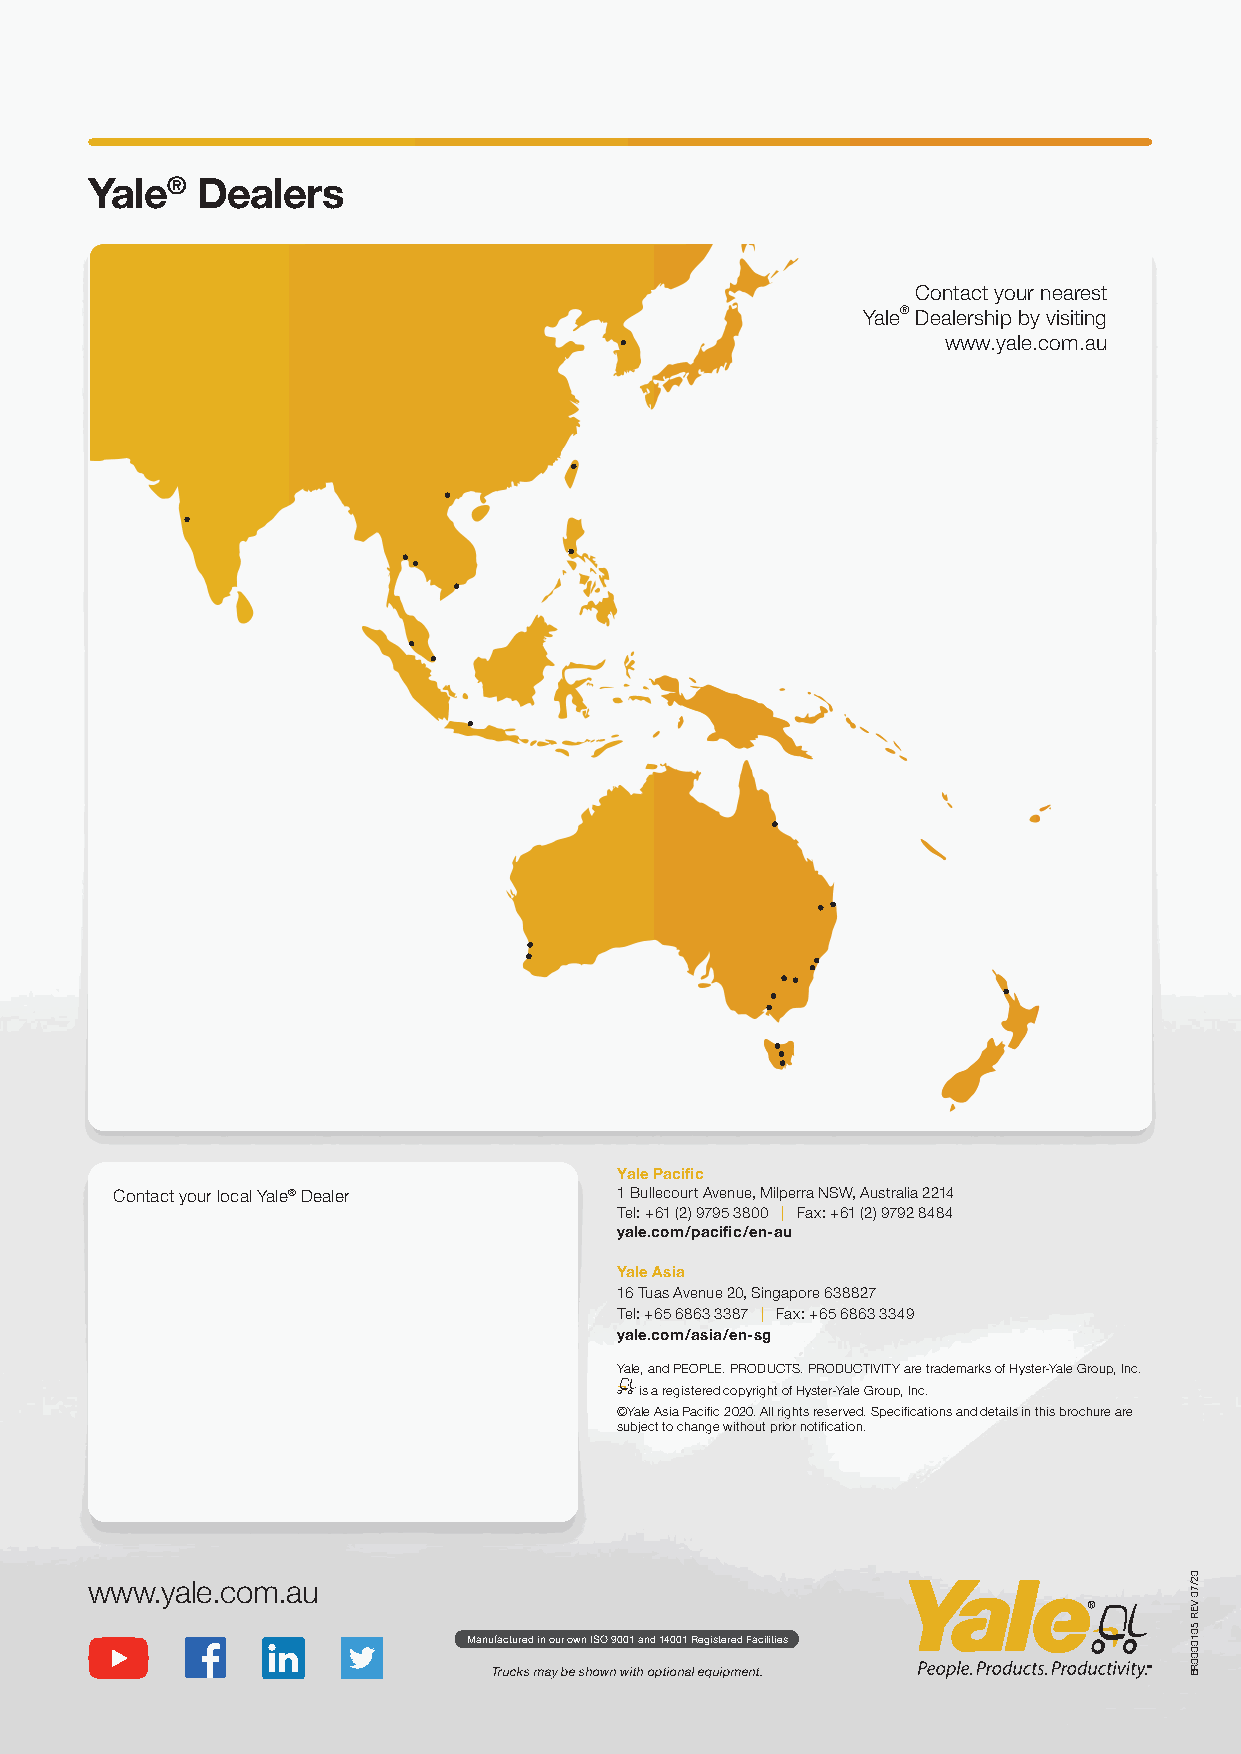
Yale®  Dealers
 Contact your nearest
 Yale® Dealership by visiting
 www.yale.com.au
 Yale Pacific
 Contact your local Yale® Dealer  1 Bullecourt Avenue, Milperra NSW, Australia 2214
 Tel: +61 (2) 9795 3800 | Fax: +61 (2) 9792 8484
 yale.com/pacific/en-au
 Yale Asia
 16 Tuas Avenue 20, Singapore 638827
 Tel: +65 6863 3387 | Fax: +65 6863 3349
 yale.com/asia/en-sg
 Yale, and PEOPLE. PRODUCTS. PRODUCTIVITY are trademarks of Hyster-Yale Group, Inc.
 is a registered copyright of Hyster-Yale Group, Inc.
 ©Yale Asia Pacific 2020. All rights reserved. Specifications and details in this brochure are
 subject to change without prior notification.
 www.yale.com.au
 Manufactured in our own ISO 9001 and 14001 Registered Facilities
 Trucks may be shown with optional equipment.
 02/70
 VER
 5010000RB